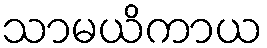
သာမယိကာယ